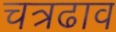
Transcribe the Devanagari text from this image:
चत्रढाव